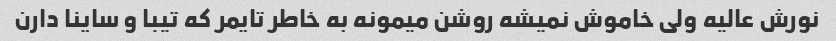
نورش عالیه ولی خاموش نمیشه روشن میمونه به خاطر تایمر که تیبا و ساینا دارن